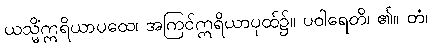
ယသ္မိံဣရိယာပထေ၊ အကြင်ဣရိယာပုထ်၌။ ပဝါရေတိ၊ ၏။ တံ၊